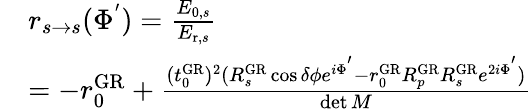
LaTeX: \begin{array}{rl}&{r_{s\rightarrow s}(\Phi^{'})=\frac{E_{0,s}}{E_{\mathrm{r},s}}}\\ &{=-r_{0}^{\mathrm{GR}}+\frac{(t_{0}^{\mathrm{GR}})^{2}(R_{s}^{\mathrm{GR}}\cos\delta\phi e^{i\Phi^{'}}-r_{0}^{\mathrm{GR}}R_{p}^{\mathrm{GR}}R_{s}^{\mathrm{GR}}e^{2i\Phi^{'}})}{\operatorname*{det}M}}\end{array}